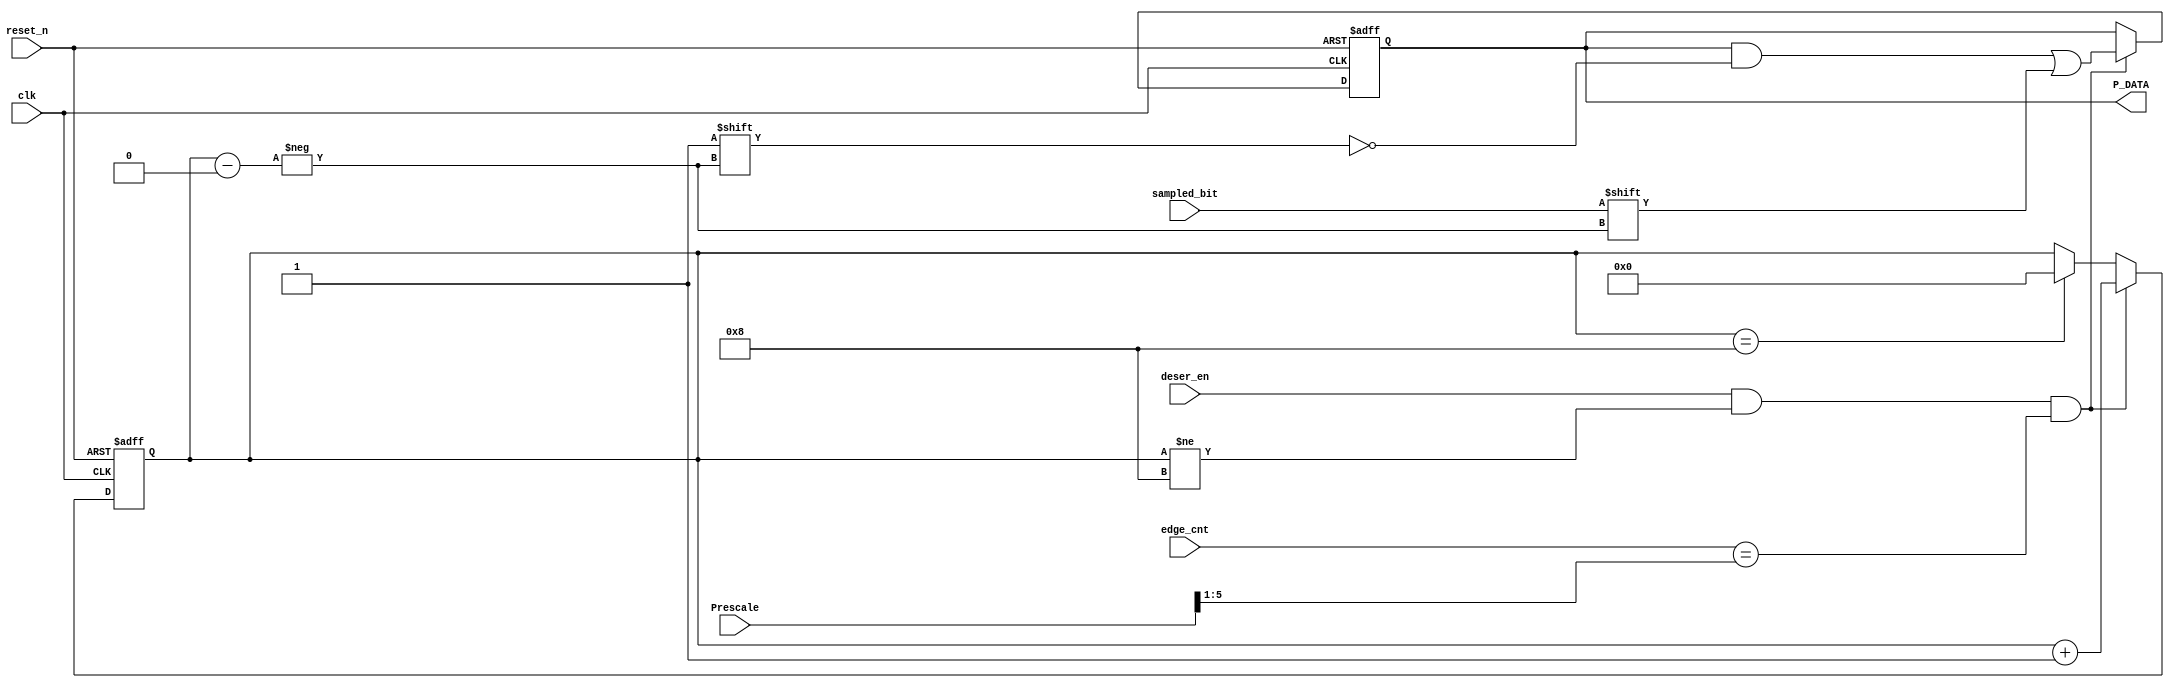
module deserializer
	#(parameter DATA_width = 8, Prescale_width = 6)
(
	input deser_en,
	input sampled_bit,
	input clk, reset_n,
	input [Prescale_width-1 : 0] Prescale,
	input [Prescale_width-1 : 0] edge_cnt,
	
	output reg [DATA_width-1 : 0] P_DATA
);

reg [DATA_width-1 : 0] P_DATA_next;
reg [DATA_width-1 : 0] bit_n_reg, bit_n_next; // Keep track of the number of data bits recieved

//State register

always @(posedge clk, negedge reset_n)
	begin
	
		if (~ reset_n)
			begin
				P_DATA <= 'b0;
				bit_n_reg <= 'b0;
		   end
			
		else 
			begin
				P_DATA <= P_DATA_next;
				bit_n_reg <= bit_n_next;
			end 
		
	end 
	
//Next State Logic

always @(*)
	begin
		P_DATA_next = P_DATA;
		bit_n_next = bit_n_reg;
		
		if (deser_en & (bit_n_reg != DATA_width) & (edge_cnt == Prescale >> 1))
			begin
			
				P_DATA_next [bit_n_next] = sampled_bit;
				bit_n_next = bit_n_next + 1;
				
			end

		
		else if (bit_n_reg == DATA_width)
		
			bit_n_next = 'b0;
			
		else 
			P_DATA_next = P_DATA;
	
	end 
	
endmodule